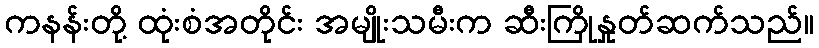
ကနန်းတို့ ထုံးစံအတိုင်း အမျိုးသမီးက ဆီးကြိုနှုတ်ဆက်သည်။